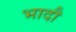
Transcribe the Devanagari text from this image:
भादौ